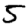
Digit: 5